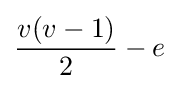
{\frac {v(v-1)}{2}}-e